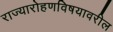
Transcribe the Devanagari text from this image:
राज्यारोहणविषयावरील